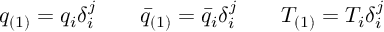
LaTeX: q _ { ( 1 ) } = q _ { i } \delta _ { i } ^ { j } \qquad \bar { q } _ { ( 1 ) } = \bar { q } _ { i } \delta _ { i } ^ { j } \qquad T _ { ( 1 ) } = T _ { i } \delta _ { i } ^ { j }